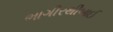
ભાગીરથીબાઈ